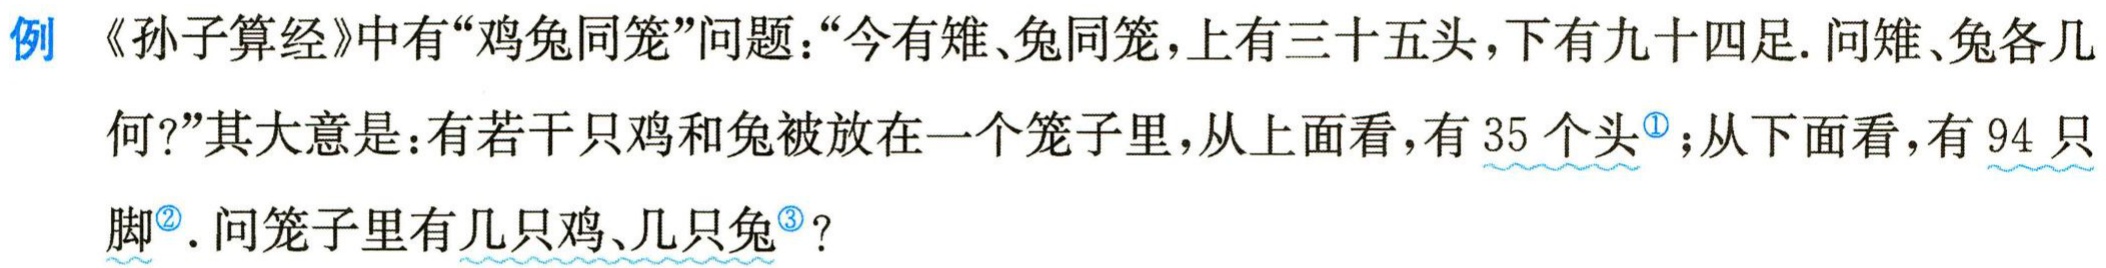
例《孙子算经》中有“鸡兔同笼”问题：“今有雉、兔同笼，上有三十五头，下有九十四足. 问雉、兔各几何?”其大意是：有若干只鸡和兔被放在一个笼子里，从上面看，有 35 个头<sup>\textcircled{1}</sup>；从下面看，有 94 只脚<sup>\textcircled{2}</sup>. 问笼子里有几只鸡、几只兔<sup>\textcircled{3}</sup>？